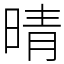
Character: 晴